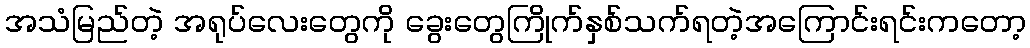
အသံမြည်တဲ့ အရုပ်လေးတွေကို ခွေးတွေကြိုက်နှစ်သက်ရတဲ့အကြောင်းရင်းကတော့